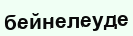
бейнелеуде